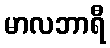
မာလဘာရီ